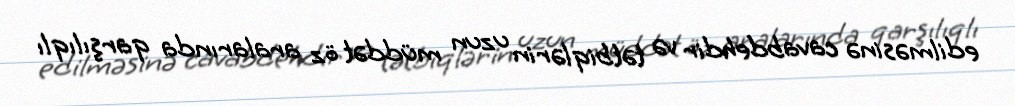
edilməsinə cavabdehdir və tətbiqlərin uzun müddət öz aralarında qarşılıqlı